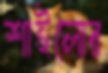
শাইলোর